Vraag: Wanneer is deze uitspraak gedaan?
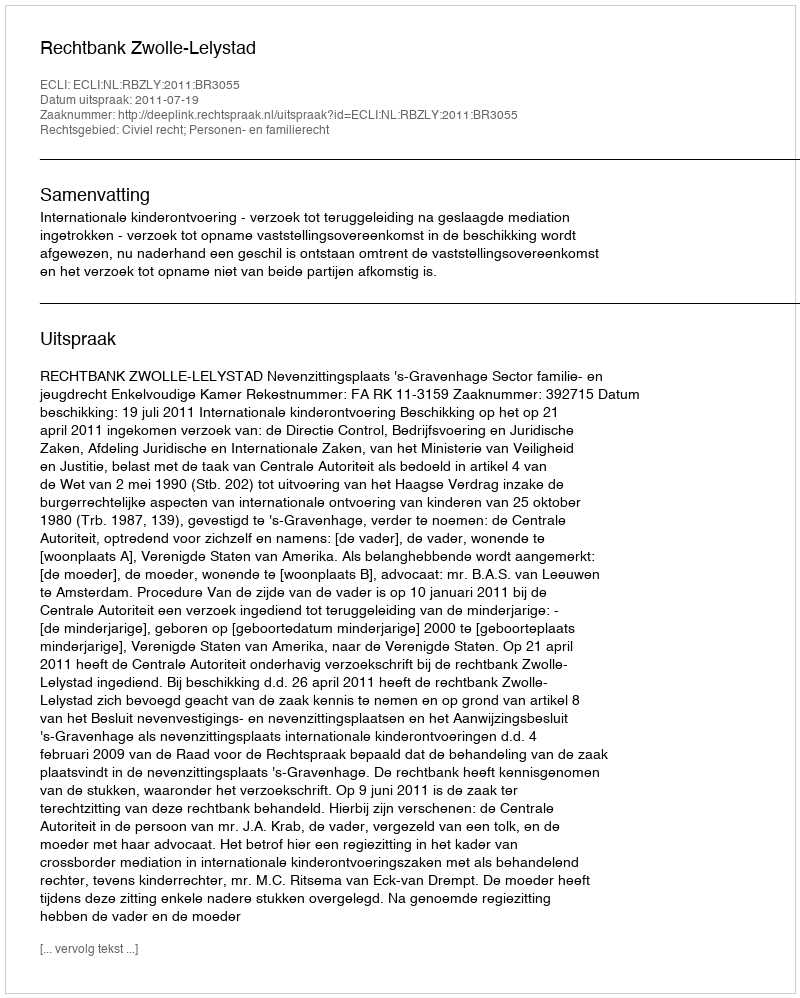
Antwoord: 2011-07-19